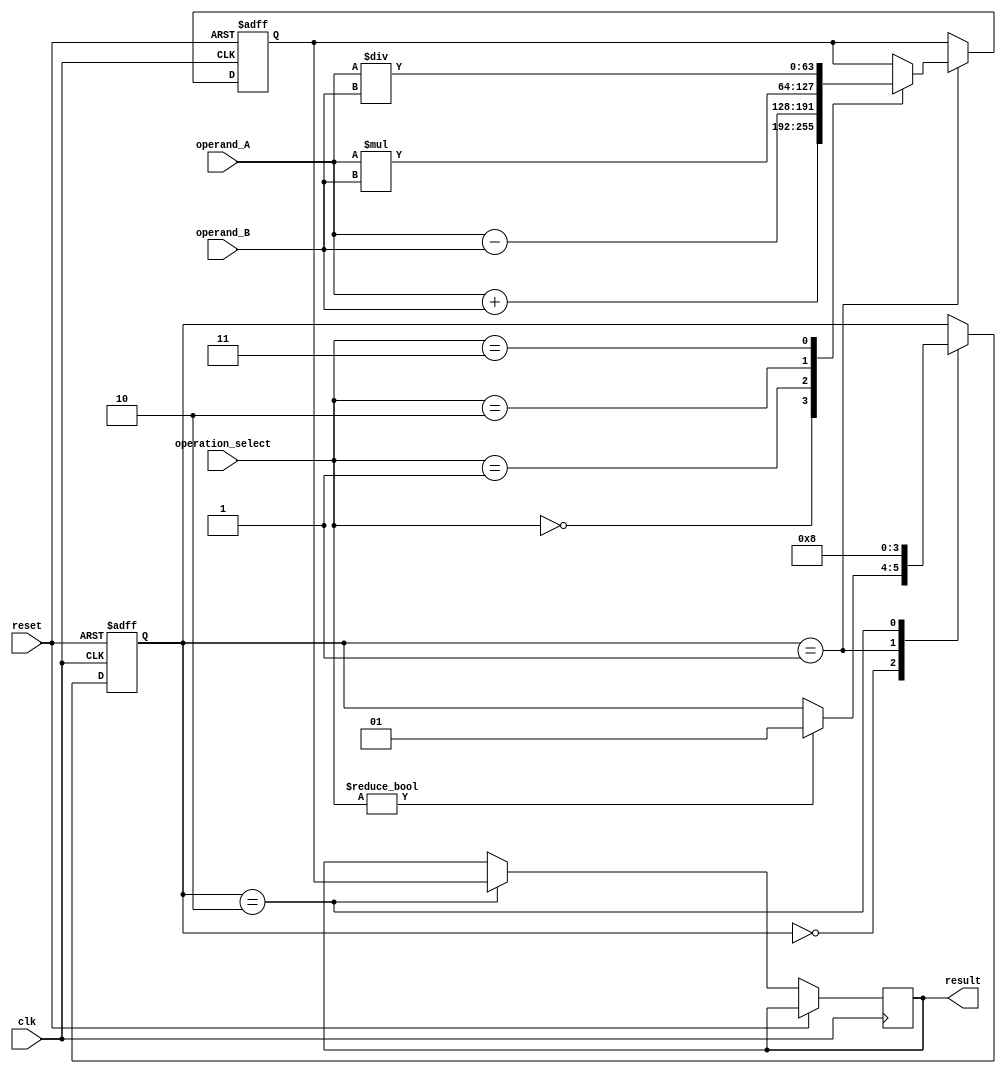
module ExtendedPrecisionFloatingPointUnit (
    input wire clk,
    input wire reset,
    input wire [63:0] operand_A,
    input wire [63:0] operand_B,
    input wire [2:0] operation_select,
    output reg [63:0] result
);

reg [63:0] result_reg;
reg [1:0] state;

always @ (posedge clk or posedge reset) begin
    if (reset) begin
        state <= 0;
        result_reg <= 64'b0;
    end else begin
        case (state)
            0: begin
                // Wait for operands to be loaded
                if (operation_select != 3'b000) begin
                    state <= 1;
                end
            end
            1: begin
                // Perform arithmetic operation
                case (operation_select)
                    3'b000: result_reg <= operand_A + operand_B; // Addition
                    3'b001: result_reg <= operand_A - operand_B; // Subtraction
                    3'b010: result_reg <= operand_A * operand_B; // Multiplication
                    3'b011: result_reg <= operand_A / operand_B; // Division
                    // Add more cases for other operations
                endcase
                state <= 2;
            end
            2: begin
                // Output result
                result <= result_reg;
                state <= 0;
            end
        endcase
    end
end

endmodule